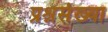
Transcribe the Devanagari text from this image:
प्रश्नसंख्या